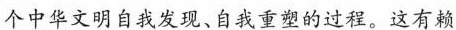
个中华文明自我发现、自我重塑的过程。这有赖